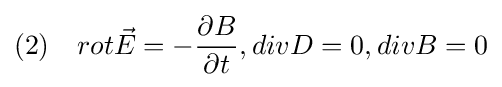
(2)\quad rot{\vec {E}}=-{\partial B \over \partial t},divD=0,divB=0